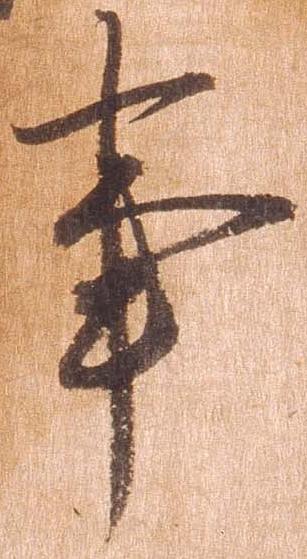
事